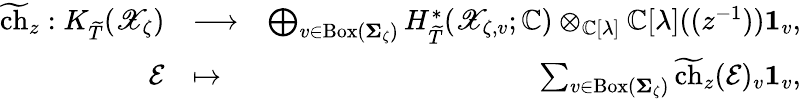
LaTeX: \begin{array}{rlr}{\widetilde{\mathrm{ch}}_{z}:K_{\widetilde{T}}(\mathscr{X}_{\zeta})}&{\longrightarrow}&{\bigoplus_{v\in\mathrm{Box}(\mathbf{\Sigma}_{\zeta})}H_{\widetilde{T}}^{*}(\mathscr{X}_{\zeta,v};\mathbb{C})\otimes_{\mathbb{C}[\lambda]}\mathbb{C}[\lambda]((z^{-1}))\mathbf{1}_{v},}\\ {\mathcal{E}}&{\mapsto}&{\sum_{v\in\mathrm{Box}(\mathbf{\Sigma}_{\zeta})}\widetilde{\mathrm{ch}}_{z}(\mathcal{E})_{v}\mathbf{1}_{v},}\end{array}